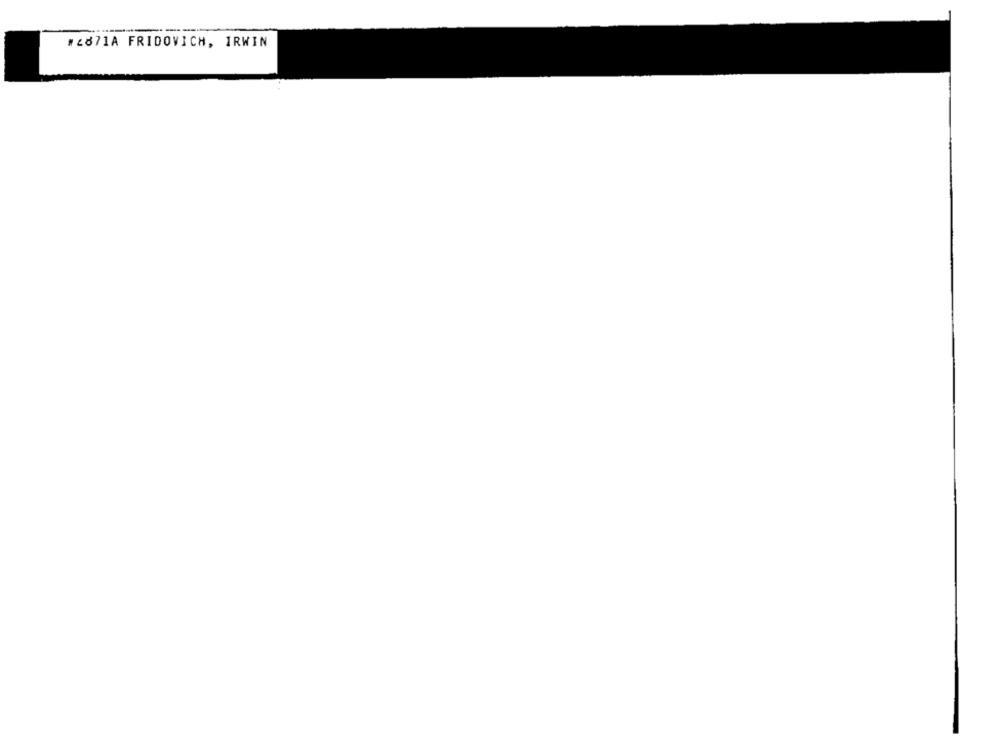
#2871A FRIDOVICH, IRWIN